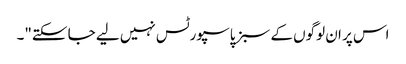
اس پر ان لوگوں کے سبز پاسپورٹس نہیں لیے جا سکتے"۔